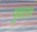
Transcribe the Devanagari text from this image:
पुकारच